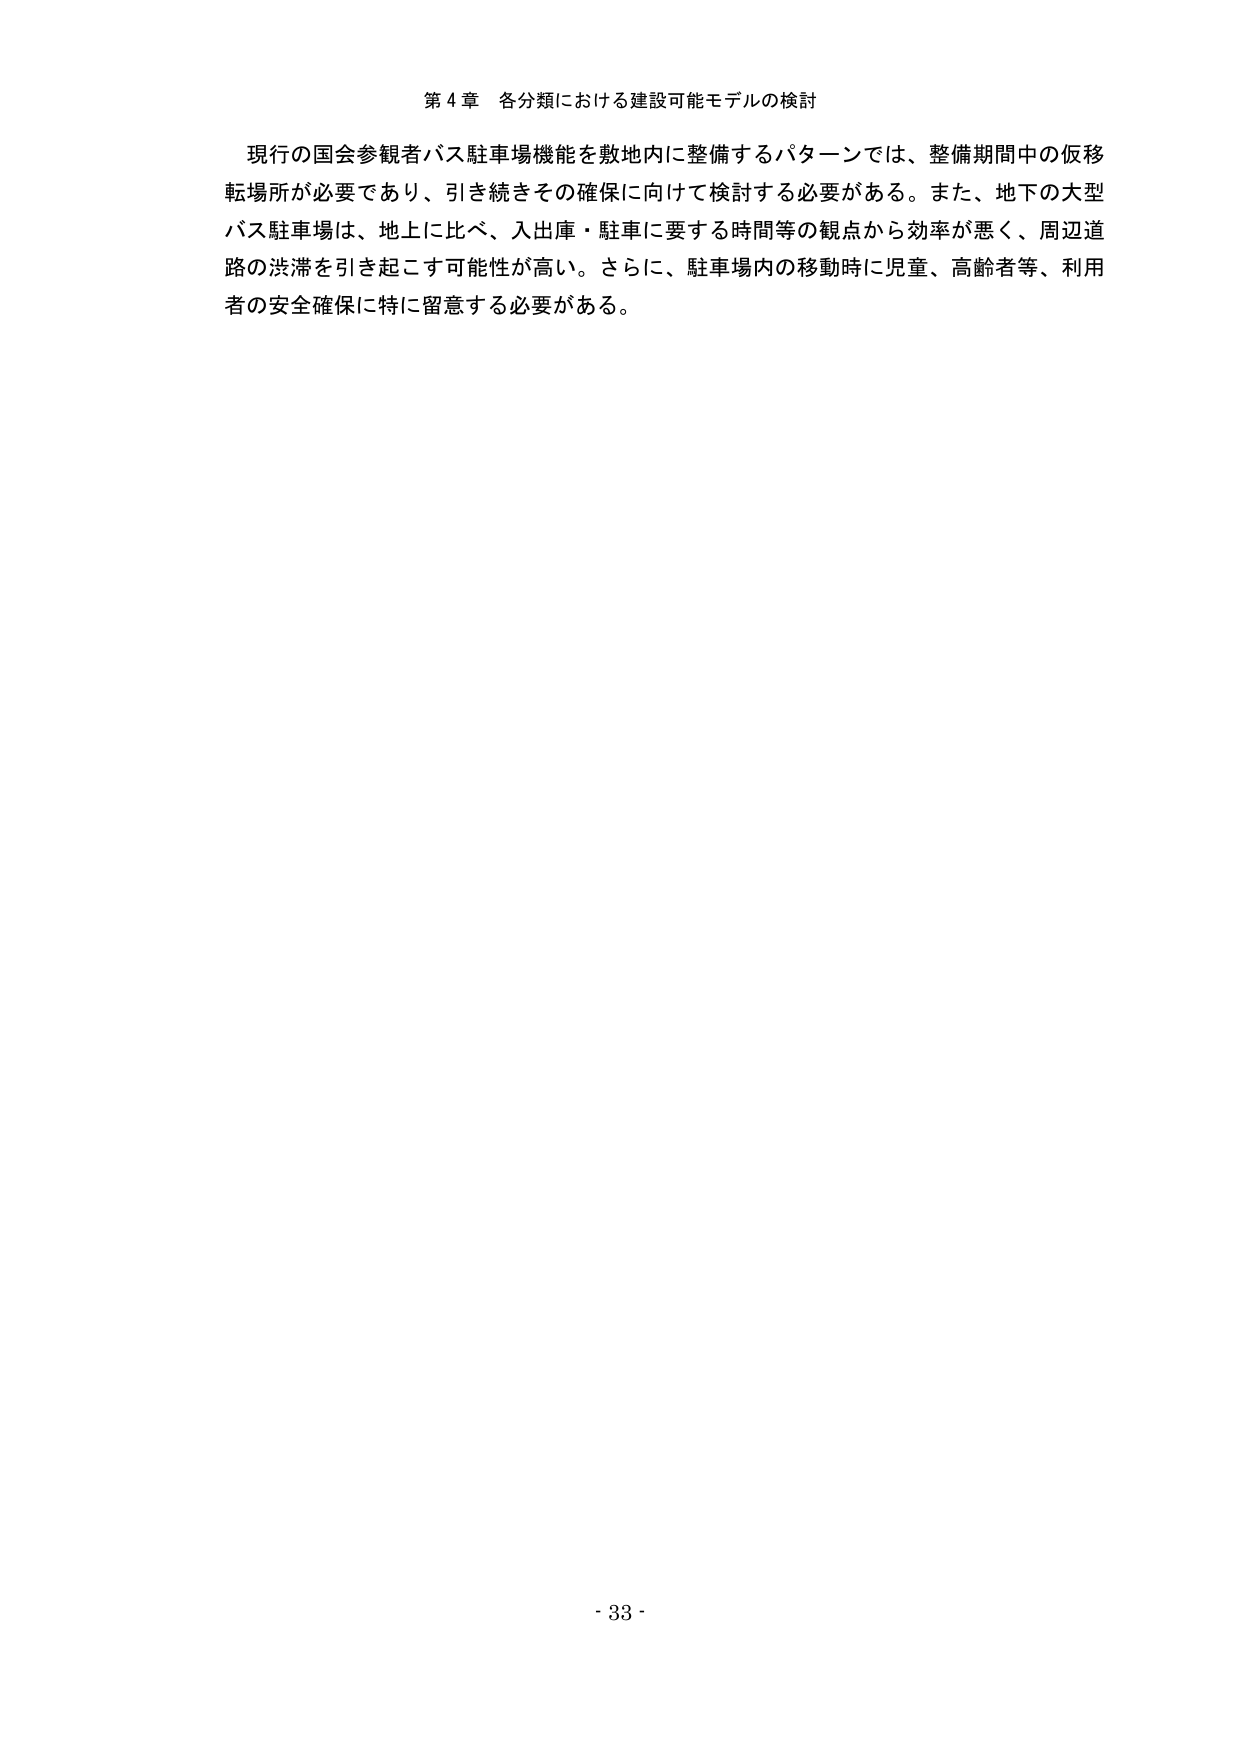
第４章 各分類における建設可能モデルの検討

現行の国会参観者バス駐車場機能を敷地内に整備するパターンでは、整備期間中の仮移転場所が必要であり、引き続きその確保に向けて検討する必要がある。また、地下の大型バス駐車場は、地上に比べ、入出庫・駐車に要する時間等の観点から効率が悪く、周辺道路の渋滞を引き起こす可能性が高い。さらに、駐車場内の移動時に児童、高齢者等、利用者の安全確保に特に留意する必要がある。

- 33 -